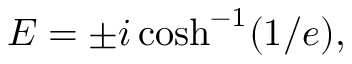
E = \pm i \cosh ^ { - 1 } ( 1 / e ) ,